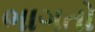
ભાગતો